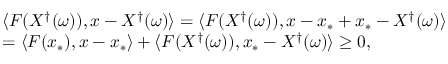
\begin{array} { r l } & { \langle F ( X ^ { \dagger } ( \omega ) ) , x - X ^ { \dagger } ( \omega ) \rangle = \langle F ( X ^ { \dagger } ( \omega ) ) , x - x _ { * } + x _ { * } - X ^ { \dagger } ( \omega ) \rangle } \\ & { = \langle F ( x _ { * } ) , x - x _ { * } \rangle + \langle F ( X ^ { \dagger } ( \omega ) ) , x _ { * } - X ^ { \dagger } ( \omega ) \rangle \geq 0 , } \end{array}